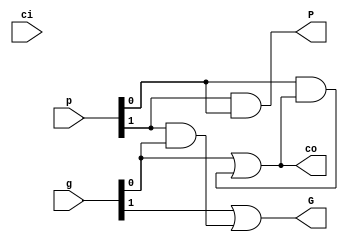
module CLA_node(
    input   [1:0] p,
    input   [1:0] g,
    input   ci,
    output  co,
    output  P,
    output  G
);

assign co = g[0] | (p[0]&co);
assign P = p[1]&p[0];
assign G = g[1] | (p[1]&g[0]);

endmodule